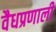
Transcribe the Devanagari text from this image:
वैधप्रणाली